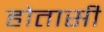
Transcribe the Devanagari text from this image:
होतासी